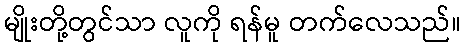
မျိုးတို့တွင်သာ လူကို ရန်မူ တက်လေသည်။